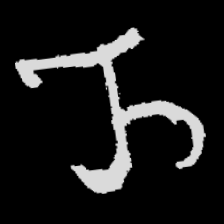
Pyu character \u2014 Myanmar letter: ည (romanized: nya)